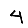
Digit: 4